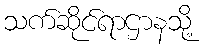
သက်ဆိုင်ရာဌာနသို့